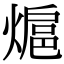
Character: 熩